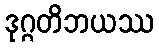
ဒုဂ္ဂတိဘယဿ